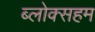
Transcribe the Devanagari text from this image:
ब्लोक्सहम